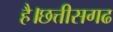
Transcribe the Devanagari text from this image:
है।छत्तीसगढ